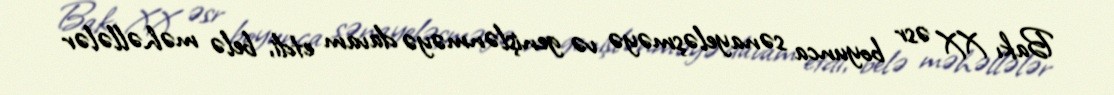
Bakı XX əsr boyunca sənayeləşməyə və genişlənməyə davam etdi, belə məhəllələr